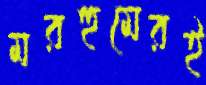
মরহুমেরই